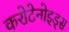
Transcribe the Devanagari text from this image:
करोटेनोइड्स